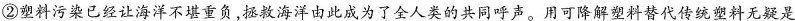
②料污染已经让海洋不堪重负，拯救海洋由此成为了全人类的共同呼声。用可降解塑料替代传统塑料无疑是